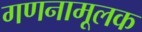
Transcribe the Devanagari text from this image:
गणनामूलक